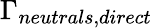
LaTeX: \Gamma_{neutrals,direct}